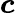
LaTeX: \boldsymbol{c}